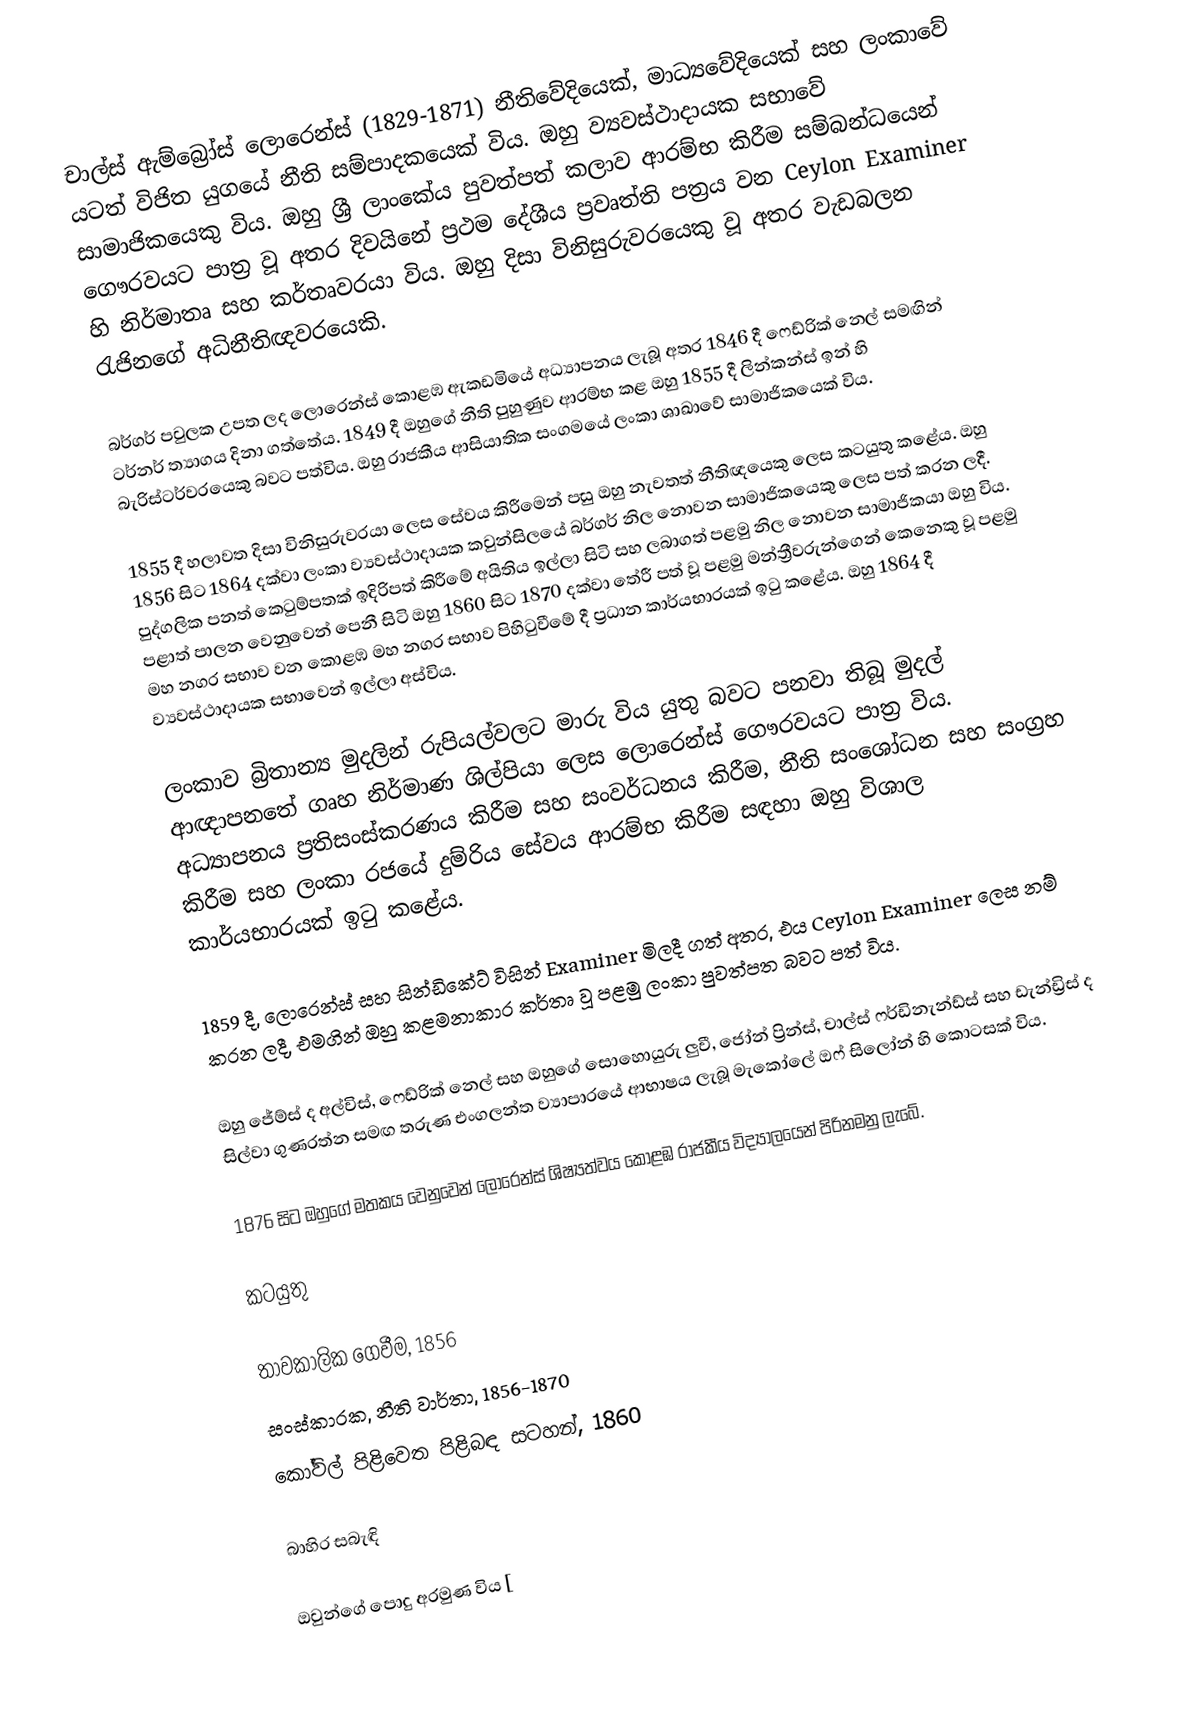
චාල්ස් ඇම්බ්‍රෝස් ලොරෙන්ස් (1829-1871) නීතිවේදියෙක්, මාධ්‍යවේදියෙක් සහ ලංකාවේ යටත් විජිත යුගයේ නීති සම්පාදකයෙක් විය. ඔහු ව්‍යවස්ථාදායක සභාවේ සාමාජිකයෙකු විය. ඔහු ශ්‍රී ලාංකේය පුවත්පත් කලාව ආරම්භ කිරීම සම්බන්ධයෙන් ගෞරවයට පාත්‍ර වූ අතර දිවයිනේ ප්‍රථම දේශීය ප්‍රවෘත්ති පත්‍රය වන Ceylon Examiner හි නිර්මාතෘ සහ කර්තෘවරයා විය. ඔහු දිසා විනිසුරුවරයෙකු වූ අතර වැඩබලන රැජිනගේ අධිනීතිඥවරයෙකි.

බර්ගර් පවුලක උපත ලද ලොරෙන්ස් කොළඹ ඇකඩමියේ අධ්‍යාපනය ලැබූ අතර 1846 දී ෆෙඩ්රික් නෙල් සමඟින් ටර්නර් ත්‍යාගය දිනා ගත්තේය. 1849 දී ඔහුගේ නීති පුහුණුව ආරම්භ කළ ඔහු 1855 දී ලින්කන්ස් ඉන් හි බැරිස්ටර්වරයෙකු බවට පත්විය. ඔහු රාජකීය ආසියාතික සංගමයේ ලංකා ශාඛාවේ සාමාජිකයෙක් විය.

1855 දී හලාවත දිසා විනිසුරුවරයා ලෙස සේවය කිරීමෙන් පසු ඔහු නැවතත් නීතිඥයෙකු ලෙස කටයුතු කළේය. ඔහු 1856 සිට 1864 දක්වා ලංකා ව්‍යවස්ථාදායක කවුන්සිලයේ බර්ගර් නිල නොවන සාමාජිකයෙකු ලෙස පත් කරන ලදී. පුද්ගලික පනත් කෙටුම්පතක් ඉදිරිපත් කිරීමේ අයිතිය ඉල්ලා සිටි සහ ලබාගත් පළමු නිල නොවන සාමාජිකයා ඔහු විය. පළාත් පාලන වෙනුවෙන් පෙනී සිටි ඔහු 1860 සිට 1870 දක්වා තේරී පත් වූ පළමු මන්ත්‍රීවරුන්ගෙන් කෙනෙකු වූ පළමු මහ නගර සභාව වන කොළඹ මහ නගර සභාව පිහිටුවීමේ දී ප්‍රධාන කාර්යභාරයක් ඉටු කළේය. ඔහු 1864 දී ව්‍යවස්ථාදායක සභාවෙන් ඉල්ලා අස්විය.

ලංකාව බ්‍රිතාන්‍ය මුදලින් රුපියල්වලට මාරු විය යුතු බවට පනවා තිබූ මුදල් ආඥාපනතේ ගෘහ නිර්මාණ ශිල්පියා ලෙස ලොරෙන්ස් ගෞරවයට පාත්‍ර විය. අධ්‍යාපනය ප්‍රතිසංස්කරණය කිරීම සහ සංවර්ධනය කිරීම, නීති සංශෝධන සහ සංග්‍රහ කිරීම සහ ලංකා රජයේ දුම්රිය සේවය ආරම්භ කිරීම සඳහා ඔහු විශාල කාර්යභාරයක් ඉටු කළේය.

1859 දී, ලොරෙන්ස් සහ සින්ඩිකේට් විසින් Examiner මිලදී ගත් අතර, එය Ceylon Examiner ලෙස නම් කරන ලදී, එමගින් ඔහු කළමනාකාර කර්තෘ වූ පළමු ලංකා පුවත්පත බවට පත් විය.

ඔහු ජේම්ස් ද අල්විස්, ෆෙඩ්රික් නෙල් සහ ඔහුගේ සොහොයුරු ලුවී, ජෝන් ප්‍රින්ස්, චාල්ස් ෆර්ඩිනැන්ඩ්ස් සහ ඩැන්ඩ්‍රිස් ද සිල්වා ගුණරත්න සමඟ තරුණ එංගලන්ත ව්‍යාපාරයේ ආභාෂය ලැබූ මැකෝලේ ඔෆ් සිලෝන් හි කොටසක් විය.

1876 සිට ඔහුගේ මතකය වෙනුවෙන් ලොරෙන්ස් ශිෂ්‍යත්වය කොළඹ රාජකීය විද්‍යාලයෙන් පිරිනමනු ලැබේ.

කටයුතු

 තාවකාලික ගෙවීම, 1856
 සංස්කාරක, නීති වාර්තා, 1856-1870
 කෝවිල් පිළිවෙත පිළිබඳ සටහන්, 1860

බාහිර සබැඳි

 ඔවුන්ගේ පොදු අරමුණ විය [